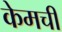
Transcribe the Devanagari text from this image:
केमची